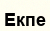
Екпе